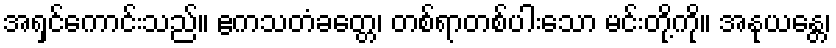
အရှင်ကောင်းသည်။ ဧကသတံခတ္တေ၊ တစ်ရာတစ်ပါးသော မင်းတို့ကို။ အနုယန္တေ၊